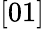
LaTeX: [01]